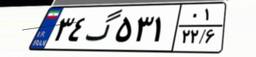
۳۴گ۵۳۱۰۱